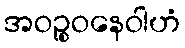
အဝဉ္စုဝနေဝါဟံ